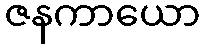
ဇနကာယော